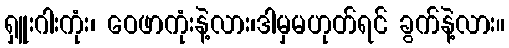
ရှူးဂါးကုံး၊ ဝေဖာကုံးနဲ့လား၊ဒါမှမဟုတ်ရင် ခွက်နဲ့လား။